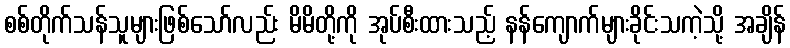
စစ်တိုက်သန်သူများဖြစ်သော်လည်း မိမိတို့ကို အုပ်စီးထားသည့် နန်ကျောက်များခိုင်းသကဲ့သို့ အချိန်